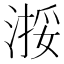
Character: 𬈗